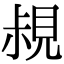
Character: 𧠪